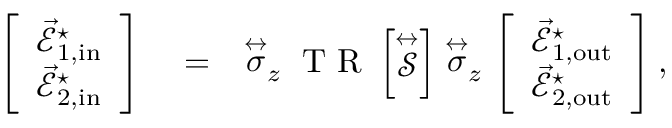
\begin{array} { r l r } { \left[ \begin{array} { l } { \vec { \mathcal { E } } _ { 1 , \mathrm { { i n } } } ^ { \star } } \\ { \vec { \mathcal { E } } _ { 2 , \mathrm { { i n } } } ^ { \star } } \end{array} \right] } & { { } = } & { \stackrel { \leftrightarrow } { \sigma } _ { z } \mathrm { ~ T ~ R ~ } \left\lbrack \stackrel { \leftrightarrow } { \mathcal { S } } \right\rbrack \stackrel { \leftrightarrow } { \sigma } _ { z } \left[ \begin{array} { l } { \vec { \mathcal { E } } _ { 1 , \mathrm { { o u t } } } ^ { \star } } \\ { \vec { \mathcal { E } } _ { 2 , \mathrm { { o u t } } } ^ { \star } } \end{array} \right] , } \end{array}